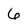
Character: 6